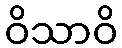
ဝိသာဝိ